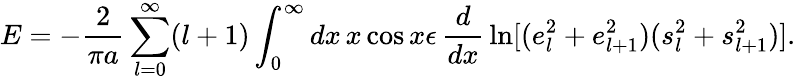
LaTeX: E=-{\frac{2}{\pi a}}\sum_{l=0}^{\infty}(l+1)\int_{0}^{\infty}dx\, x\cos x\epsilon\, {\frac{d}{dx}}\ln[(e_{l}^{2}+e_{l+1}^{2})(s_{l}^{2}+s_{l+1}^{2})].